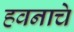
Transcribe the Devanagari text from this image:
हवनाचे